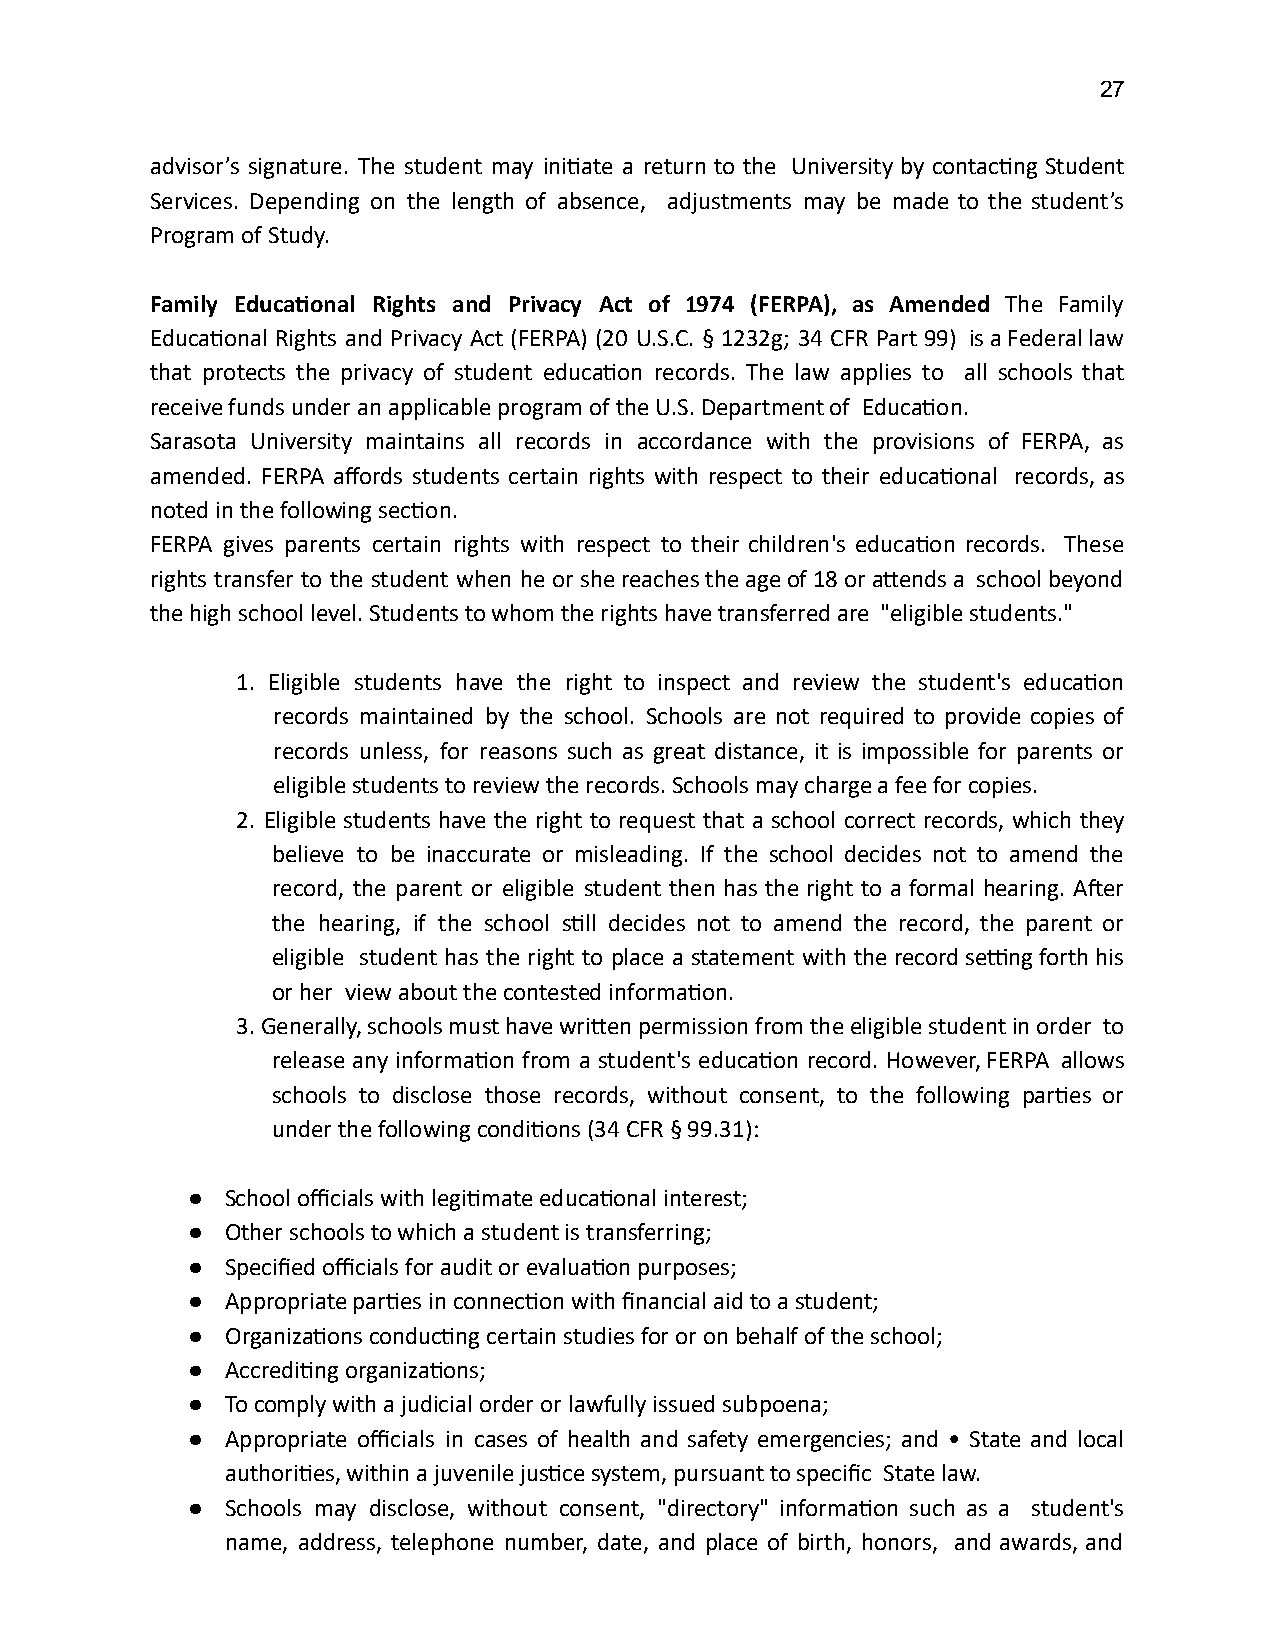
27
 advisor’s signature. The student may iniate a return to the University by contacng Student
 Services. Depending on the length of absence, adjustments may be made to the student’s
 Program of Study.
 Family Educaonal Rights and Privacy Act of 1974 (FERPA), as Amended The Family
 Educaonal Rights and Privacy Act (FERPA) (20 U.S.C. § 1232g; 34 CFR Part 99) is a Federal law
 that protects the privacy of student educaon records. The law applies to all schools that
 receive funds under an applicable program of the U.S. Department of Educaon.
 Sarasota University maintains all records in accordance with the provisions of FERPA, as
 amended. FERPA affords students certain rights with respect to their educaonal records, as
 noted in the following secon.
 FERPA gives parents certain rights with respect to their children's educaon records. These
 rights transfer to the student when he or she reaches the age of 18 or aends a school beyond
 the high school level. Students to whom the rights have transferred are "eligible students."
 1. Eligible students have the right to inspect and review the student's educaon
 records maintained by the school. Schools are not required to provide copies of
 records unless, for reasons such as great distance, it is impossible for parents or
 eligible students to review the records. Schools may charge a fee for copies.
 2. Eligible students have the right to request that a school correct records, which they
 believe to be inaccurate or misleading. If the school decides not to amend the
 record, the parent or eligible student then has the right to a formal hearing. Aer
 the hearing, if the school sll decides not to amend the record, the parent or
 eligible student has the right to place a statement with the record seng forth his
 or her view about the contested informaon.
 3. Generally, schools must have wrien permission from the eligible student in order to
 release any informaon from a student's educaon record. However, FERPA allows
 schools to disclose those records, without consent, to the following pares or
 under the following condions (34 CFR § 99.31):
 ●  School officials with legimate educaonal interest;
 ●  Other schools to which a student is transferring;
 ●  Specified officials for audit or evaluaon purposes;
 ●  Appropriate pares in connecon with financial aid to a student;
 ●  Organizaons conducng certain studies for or on behalf of the school;
 ●  Accreding organizaons;
 ●  To comply with a judicial order or lawfully issued subpoena;
 ●  Appropriate officials in cases of health and safety emergencies; and • State and local
 authories, within a juvenile jusce system, pursuant to specific State law.
 ●  Schools may disclose, without consent, "directory" informaon such as a student's
 name, address, telephone number, date, and place of birth, honors, and awards, and